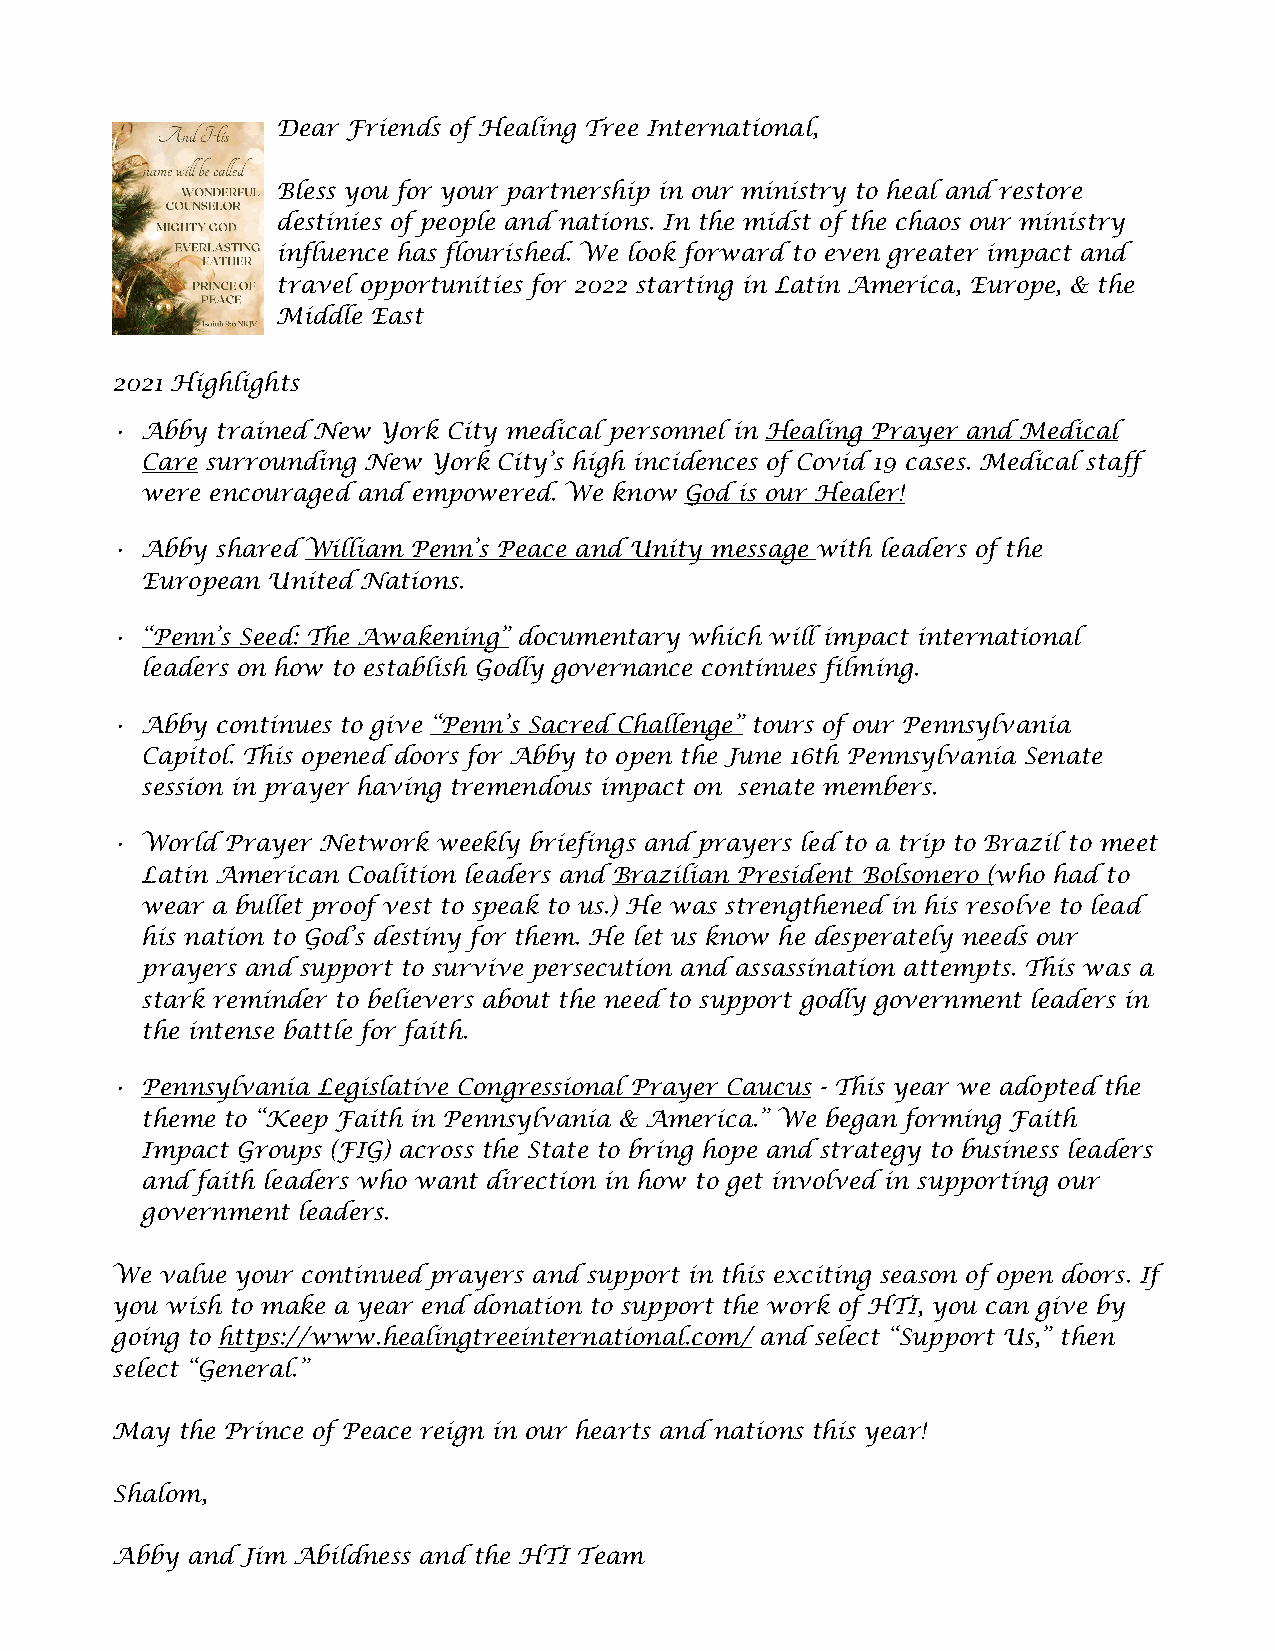
Dear Friends of Healing Tree International,
 Bless you for your partnership in our ministry to heal and restore
 destinies of people and nations. In the midst of the chaos our ministry
 influence has flourished. We look forward to even greater impact and
 travel opportunities for 2022 starting in Latin America, Europe, & the
 Middle East
 2021 Highlights
 • Abby trained New York City medical personnel in Healing Prayer and Medical
 Care surrounding New York City’s high incidences of Covid 19 cases. Medical staff
 were encouraged and empowered. We know God is our Healer!
 • Abby shared William Penn’s Peace and Unity message with leaders of the
 European United Nations.
 • “Penn’s Seed: The Awakening” documentary which will impact international
 leaders on how to establish Godly governance continues filming.
 • Abby continues to give “Penn’s Sacred Challenge” tours of our Pennsylvania
 Capitol. This opened doors for Abby to open the June 16th Pennsylvania Senate
 session in prayer having tremendous impact on senate members.
 • World Prayer Network weekly briefings and prayers led to a trip to Brazil to meet
 Latin American Coalition leaders and Brazilian President Bolsonero (who had to
 wear a bullet proof vest to speak to us.) He was strengthened in his resolve to lead
 his nation to God’s destiny for them. He let us know he desperately needs our
 prayers and support to survive persecution and assassination attempts. This was a
 stark reminder to believers about the need to support godly government leaders in
 the intense battle for faith.
 • Pennsylvania Legislative Congressional Prayer Caucus - This year we adopted the
 theme to “Keep Faith in Pennsylvania & America.” We began forming Faith
 Impact Groups (FIG) across the State to bring hope and strategy to business leaders
 and faith leaders who want direction in how to get involved in supporting our
 government leaders.
 We  value your continued prayers and support in this exciting season of open doors. If
 you wish to make a year end donation to support the work of HTI, you can give by
 going to https://www.healingtreeinternational.com/ and select “Support Us,” then
 select “General.”
 May  the Prince of Peace reign in our hearts and nations this year!
 Shalom,
 Abby and Jim Abildness and the HTI Team